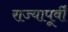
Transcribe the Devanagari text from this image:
राज्यापूर्वीं